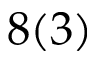
8 ( 3 )